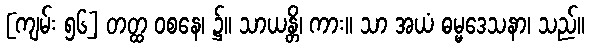
[ကျမ်း ၅၆] တတ္ထ ဝစနေ၊ ၌။ သာယန္တိ၊ ကား။ သာ အယံ ဓမ္မဒေသနာ၊ သည်။